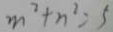
m ^ { 2 } + n ^ { 2 } = 5